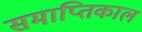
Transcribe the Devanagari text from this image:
समाप्तिकाल